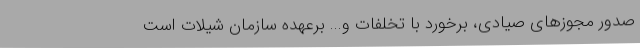
صدور مجوزهای صیادی، برخورد با تخلفات و... برعهده سازمان شیلات است